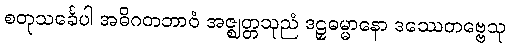
စတုသင်္ခေပါ အဓိဂတဘာဝံ အဇ္ဈတ္တသုညံ ဒဠှဓမ္မာနော ဒဿေတဗ္ဗေသု